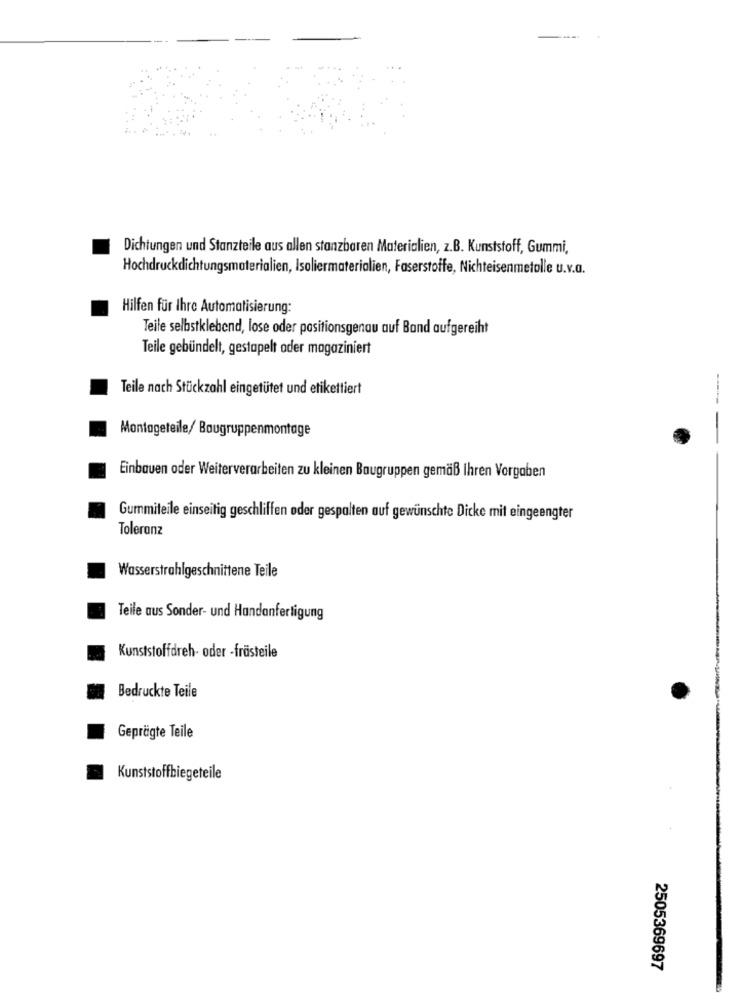
Dichtungen und Stanzteile aus allen stanzbaren Materialien, z.B. Kunststoff, Gummi,
Hochdruckdichtungsmaterialien, Isoliermaterialien, Faserstoffe, Nichteisenmetalle u.v.a.
Hilfen für Ihre Automatisierung:
Teile selbstklebend, lose oder positionsgenau auf Band aufgereiht
Teile gebündelt, gestapelt oder magaziniert
Teile nach Stückzahl eingetütet und etikettiert
Montageteile/ Baugruppenmontage
Einbauen oder Weiterverarbeiten zu kleinen Baugruppen gemäß Ihren Vorgaben
Gummiteile einseitig geschliffen oder gespalten auf gewünschte Dicke mit eingeengter
Toleranz
Wasserstrahlgeschnittene Teile
Teile aus Sonder- und Handanfertigung
Kunststoffdreh- oder -frästeile
Bedruckte Teile
Geprägte Teile
Kunststoffbiegeteile
2505369697